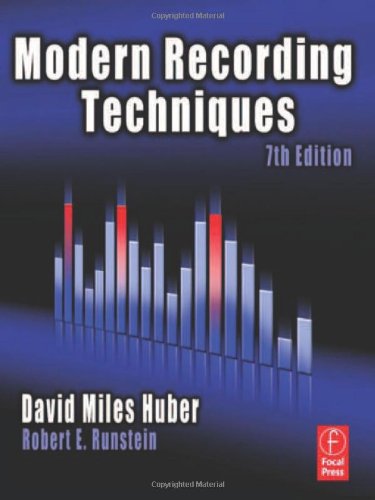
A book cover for Modern Recording Techniques; David Miles Huber; Arts & Photography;